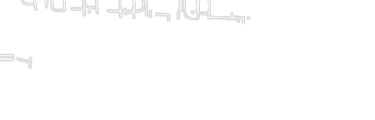
برامج تعليمية متكاملة لتن